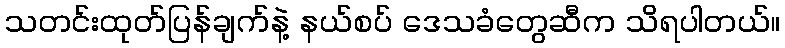
သတင်းထုတ်ပြန်ချက်နဲ့ နယ်စပ် ဒေသခံတွေဆီက သိရပါတယ်။